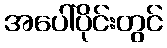
အပေါ်ပိုင်းတွင်